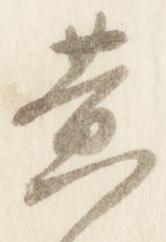
黄